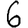
Digit: 6